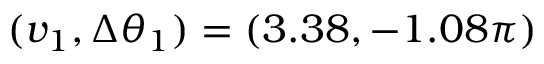
( v _ { 1 } , \Delta \theta _ { 1 } ) = ( 3 . 3 8 , - 1 . 0 8 \pi )